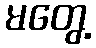
မတွေ့